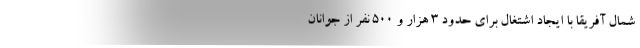
شمال آفریقا با ایجاد اشتغال برای حدود ۳ هزار و ۵۰۰ نفر از جوانان